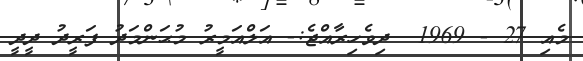
މެއި 27 - 1969  ދިވެހިރާއްޖެ:- އަލްއަމީރު މުޙަންމަދު ފަރީދު ދީދީ